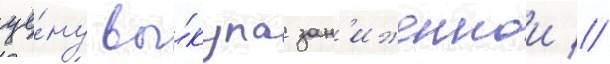
це́ну вы́купа зан'иженнои //